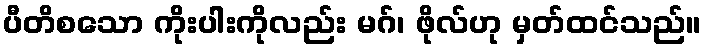
ပီတိစသော ကိုးပါးကိုလည်း မဂ်၊ ဖိုလ်ဟု မှတ်ထင်သည်။